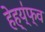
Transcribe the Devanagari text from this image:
हेह्य्॑फ्व